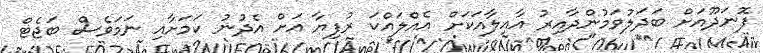
ފޮނަދޫއަށް ބަދަލުވަމުންދާއިރު އާއިލާއަކަށް އެއްލައްކަ ރުފިޔާ އަށް އެދުނު ކަމަށާއި ނަމަވެސް ބަޖެޓް